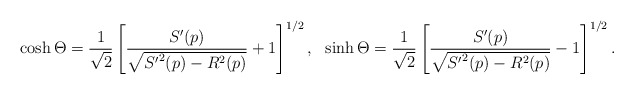
\begin{align*}\cosh\Theta=\frac{1}{\sqrt{2}}\left[\frac{S'(p)}{\sqrt{{S'}^2(p)-R^2(p)}}+1 \right]^{1/2},\ \ \sinh\Theta=\frac{1}{\sqrt{2}}\left[\frac{S'(p)}{\sqrt{{S'}^2(p)-R^2(p)}}-1 \right]^{1/2}.\end{align*}